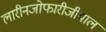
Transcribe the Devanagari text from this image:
लारीनजोफारीजीयाल